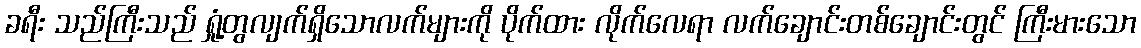
ခရီး သည်ကြီးသည် ရှုံ့တွလျက်ရှိသောလက်များကို ပိုက်ထား လိုက်လေရာ လက်ချောင်းတစ်ချောင်းတွင် ကြီးမားသော